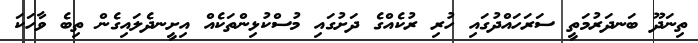
ތިނަދޫ ބަނދަރުމަތީ ސަރަހައްދުގައި ހުރި ރުކެއްގެ ދަށުގައި މުސްކުޅިންތަކެއް އިށީނދެލައިގެން ތިބެ ވާހަކަ